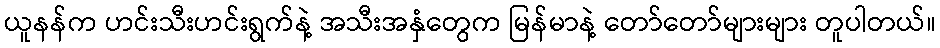
ယူနန်က ဟင်းသီးဟင်းရွက်နဲ့ အသီးအနှံတွေက မြန်မာနဲ့ တော်တော်များများ တူပါတယ်။